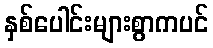
နှစ်ပေါင်းများစွာကပင်